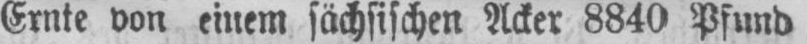
Ernte von einem sächsischen Acker 8840 Pfund